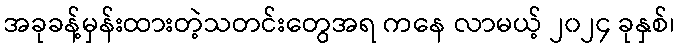
အခုခန့်မှန်းထားတဲ့သတင်းတွေအရ ကနေ လာမယ့် ၂၀၂၄ ခုနှစ်၊